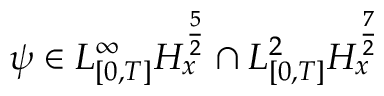
\psi \in L _ { [ 0 , T ] } ^ { \infty } H _ { x } ^ { \frac { 5 } { 2 } } \cap L _ { [ 0 , T ] } ^ { 2 } H _ { x } ^ { \frac { 7 } { 2 } }